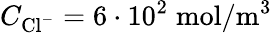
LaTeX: C_{\mathrm{Cl}^{-}}=6\cdot 10^{2}\; \mathrm{mol}/\mathrm{m}^{3}